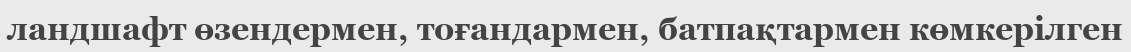
ландшафт өзендермен, тоғандармен, батпақтармен көмкерілген